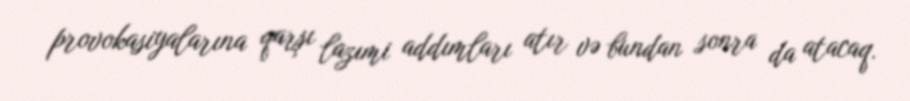
provokasiyalarına qarşı lazımi addımları atır və bundan sonra da atacaq.